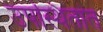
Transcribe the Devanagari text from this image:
उपस्थितांत